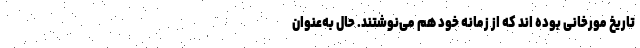
تاریخ مورخانی بوده اند که از زمانه خود هم می‌نوشتند. حال به‌عنوان